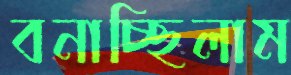
বনাচ্ছিলাম